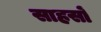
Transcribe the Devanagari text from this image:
साहसों